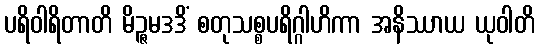
ပရိဝါရိတာတိ မိဉ္ဇမဒဒိံ စတုသစ္စပရိဂ္ဂါဟိကာ အနိဿာယ ယုဝါတိ